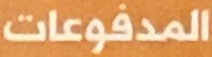
المدفوعات